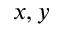
x , y